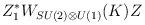
LaTeX: \begin{align*}Z_1^* W_{SU(2)\otimes U(1)}(K) Z\end{align*}